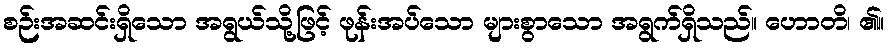
စဉ်းအဆင်းရှိသော အရွယ်သို့ဖြင့် ဖုန်းအပ်သော များစွာသော အရွက်ရှိသည်။ ဟောတိ၊ ၏။